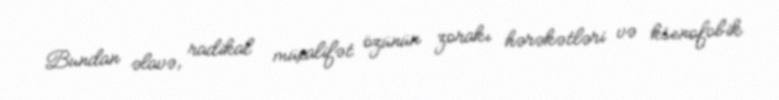
Bundan əlavə, radikal müxalifət özünün zorakı hərəkətləri və ksenofobik